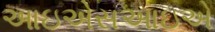
આઇએસઆઇએ